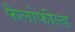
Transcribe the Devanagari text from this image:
फैलोफील्ड